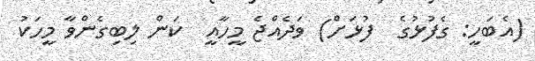
(އެބަހީ: ގެފުޅުގެ  ފުޅަށް) ވަދެއްޖެ މީހާއީ  ކަން ލިބިގެންވާ މީހަކު